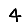
Digit: 4